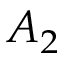
A _ { 2 }